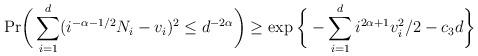
LaTeX: \begin{align*}\mathrm{Pr} \bigg{(}\sum_{i=1}^{d}(i^{-\alpha-1/2}N_{i}-v_{i})^{2}\leq d^{-2\alpha} \bigg{)}\geq \exp\bigg{\{}- \sum_{i=1}^{d}i^{2\alpha +1}v_{i}^{2} / 2 - c_{3} d \bigg{\}}\end{align*}